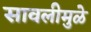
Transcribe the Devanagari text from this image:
सावलीमुळे